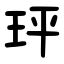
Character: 玶